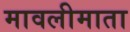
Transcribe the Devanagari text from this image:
मावलीमाता